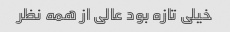
خیلی تازه بود عالی از همه نظر